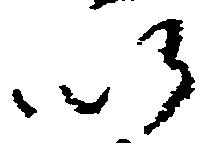
以